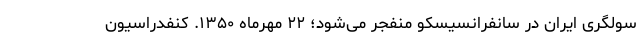
سولگری ایران در سانفرانسیسکو منفجر می‌شود؛ ۲۲ مهرماه ۱۳۵۰. کنفدراسیون